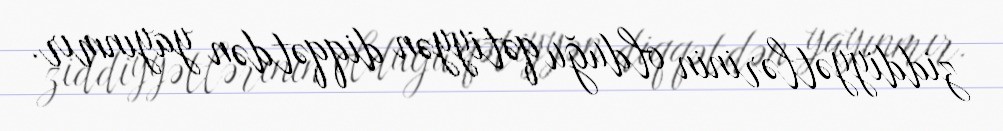
ziddiyyətlərinin olduğu qətiyyən diqqətdən yayınmır.